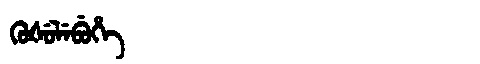
Manchu: ᡴᡠᡧᡠᠯᡝᠪᡠᡥᡝ
Romanization: KUŠULEBUHE